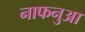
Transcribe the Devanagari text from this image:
नाफनुआ